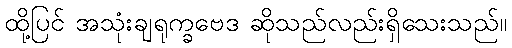
ထို့ပြင် အသုံးချရုက္ခဗေဒ ဆိုသည်လည်းရှိသေးသည်။